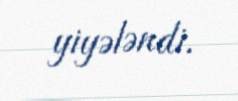
yiyələndi.